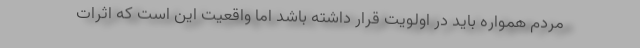
مردم همواره باید در اولویت قرار داشته باشد اما واقعیت این است که اثرات